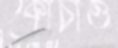
কোঁচাও